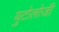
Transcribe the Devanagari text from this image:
युटोलोजी